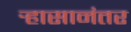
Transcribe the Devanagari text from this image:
र्‍हासानंतर